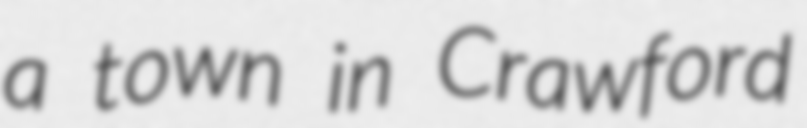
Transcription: a town in Crawford